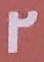
2